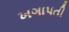
ખગાપતી